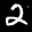
Label: 2